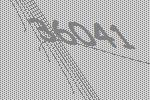
36041